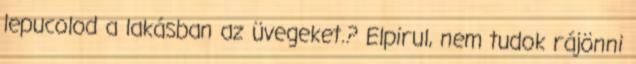
lepucolod a lakásban az üvegeket.? Elpirul, nem tudok rájönni